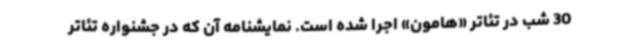
30 شب در تئاتر «هامون» اجرا شده است. نمایشنامه آن که در جشنواره تئاتر